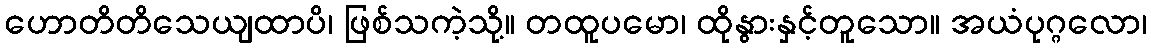
ဟောတိတိသေယျထာပိ၊ ဖြစ်သကဲ့သို့။ တထူပမော၊ ထိုနွားနှင့်တူသော။ အယံပုဂ္ဂလော၊